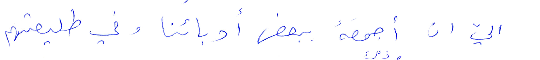
اليّ أن اجمعه ببعض أدبائنا وفي طليعتهم